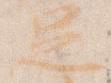
足